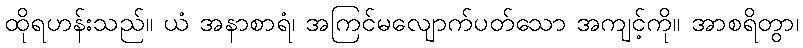
ထိုရဟန်းသည်။ ယံ အနာစာရံ၊ အကြင်မလျောက်ပတ်သော အကျင့်ကို။ အာစရိတွာ၊